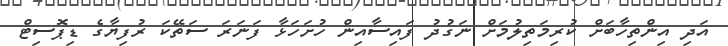
އަދި އިންތިހާބަށް ކުރިމަތިލުމަށް ނަގުދު ފައިސާއިން ހުށަހަޅާ ފަނަރަ ސަތޭކަ ރުފިޔާގެ ޑިޕޮސިޓް